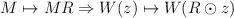
LaTeX: \begin{align*}M\mapsto MR \Rightarrow W(z)\mapsto W(R\odot z)\end{align*}